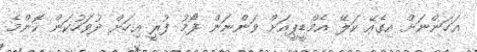
އަހަންނަށް އިގެއޭ ކަލޭ އެމްޑީޕީއަށް ވަންނަން ފޯމު ފުރީ އިހަށް ދުވަހުކަން ކޮންމެ